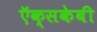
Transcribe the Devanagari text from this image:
ऍक्सकेबी